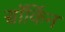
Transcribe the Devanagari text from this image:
सॉर्किन